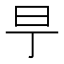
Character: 𣄿